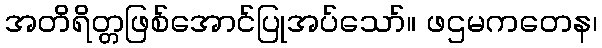
အတိရိတ္တဖြစ်အောင်ပြုအပ်သော်။ ဖဌမကတေန၊